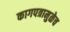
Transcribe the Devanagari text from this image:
कागपत्रामुळेच